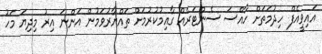
އައިވީއެފް ހިދުމަތަށް ހާއްސަ ސެންޓަރެއް ގާއިމުކުރުމަށް ތައްޔާރުވަމުން އަންނަ އިރު މިދިޔަ މަހު